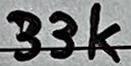
Text: 33K